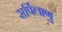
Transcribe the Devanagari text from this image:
सर्पिलाणु